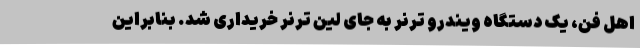
اهل فن، یک دستگاه ویندرو ترنر به جای لین ترنر خریداری شد. بنابراین